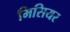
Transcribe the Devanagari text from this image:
मिसियर